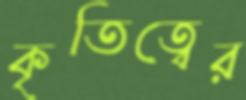
কৃতিত্বের